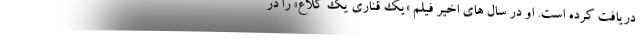
دریافت کرده است. او در سال های اخیر فیلم «یک قناری یک کلاغ» را در